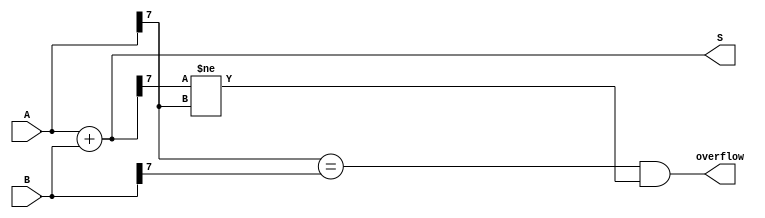
module ParametrizedAdder #(
    parameter N = 8 // Default bit-width is set to 8
)(
    input  [N-1:0] A, // First operand
    input  [N-1:0] B, // Second operand
    output [N-1:0] S, // Sum output
    output          overflow // Overflow flag
);

    // Internal signal for the addition result (N+1 bits to detect overflow)
    wire [N:0] result;

    // Perform addition
    assign result = A + B;

    // Assign the sum output
    assign S = result[N-1:0];

    // Determine overflow: if the carry out (result[N]) is different from the sign bit of A and B
    assign overflow = (A[N-1] == B[N-1]) && (S[N-1] != A[N-1]);

endmodule